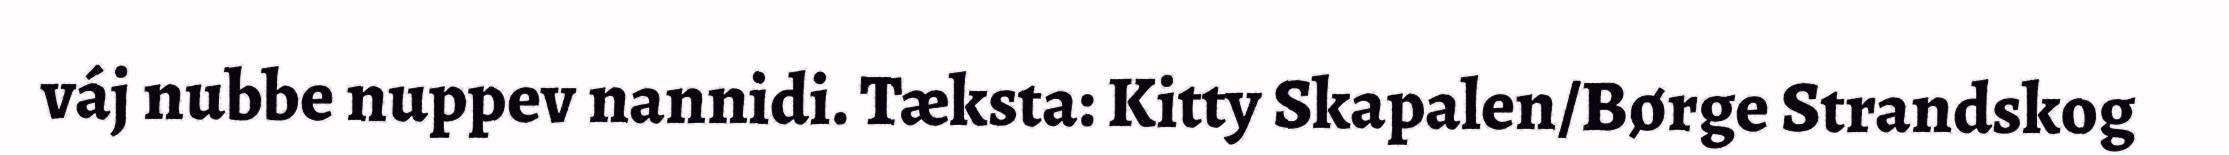
váj nubbe nuppev nannidi. Tæksta: Kitty Skapalen/Børge Strandskog